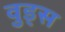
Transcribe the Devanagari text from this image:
व़ुड्स